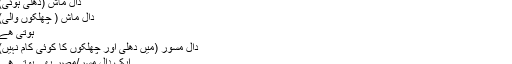
عائشہ, ‏اپریل 18, 2010
دال ماش (دھلی ہوئی)
دال ماش ( چھلکوں والی)
ہوتی ھے
دال مسور (میں دھلی اور چھلکوں کا کوئی کام نہیں)
ایک دال مسر/مصر بھی ہوتی ھے
پاکستان میں بھی پریشر ککر کے ساتھ ایک کتاب ملتی ھے جس پر پریشر ککر کا استعمال اور تمام فوڈز کی ٹائمنگ لکھی ہوتی ھے۔